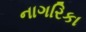
નાગરિકા